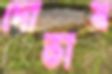
দোভাষ